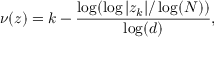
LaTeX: \nu ( z ) = k - { \frac { \log ( \log | z _ { k } | / \log ( N ) ) } { \log ( d ) } } ,